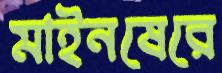
মাইনষেরে